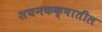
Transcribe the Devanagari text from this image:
शयनकक्षातील